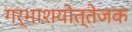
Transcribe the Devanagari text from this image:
गर्भाशयोत्तेजक